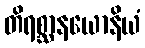
တိရစ္ဆာနယောနိယံ